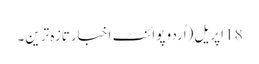
18 اپریل(اُردو پوائنٹ اخبارتازہ ترین۔